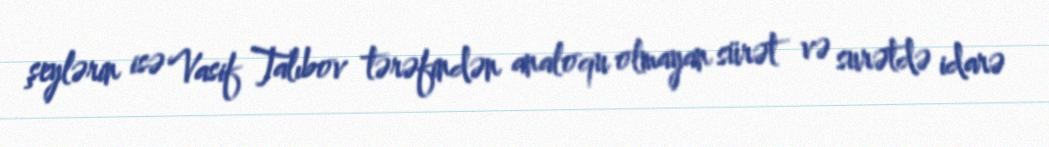
şeylərin isə Vasif Talıbov tərəfindən analoqu olmayan sürət və surətdə idarə